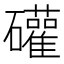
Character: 礶